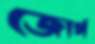
জোর্গ